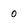
Character: 0